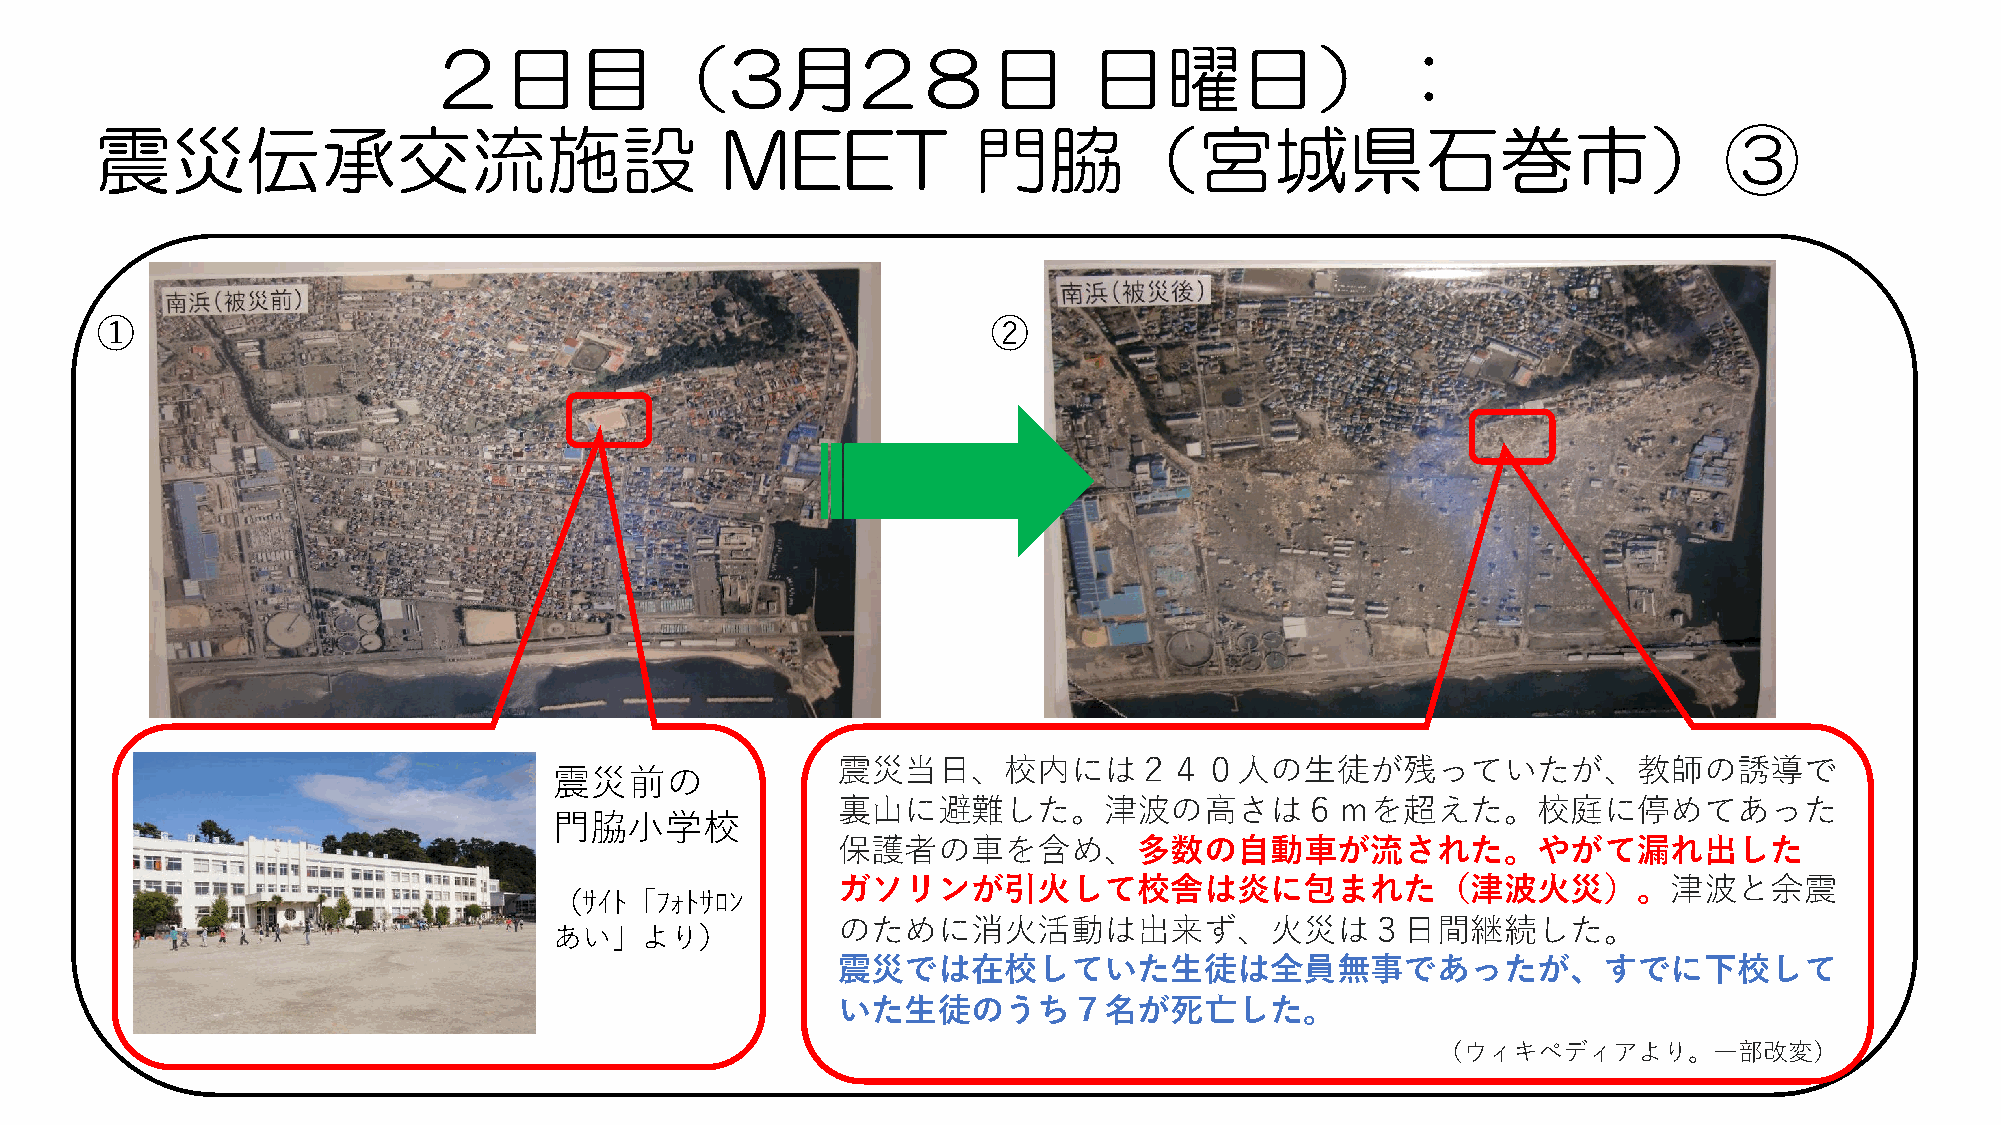
２日目（3月2８日                                   日曜日）：
 震災伝承交流施設                                  MEET            門脇（宮城県石巻市）③
 ①                                                           ②
 震災当日、校内には２４０人の生徒が残っていたが、教師の誘導で
 震災前の
 裏山に避難した。津波の高さは６ｍを超えた。校庭に停めてあった
 門脇小学校
 保護者の車を含め、多数の自動車が流された。やがて漏れ出した
 ガソリンが引火して校舎は炎に包まれた（津波火災）。津波と余震
 （ｻｲﾄ「ﾌｫﾄｻﾛﾝ
 のために消火活動は出来ず、火災は３日間継続した。
 あい」より）
 震災では在校していた生徒は全員無事であったが、すでに下校して
 いた生徒のうち７名が死亡した。
 （ウィキペディアより。一部改変）